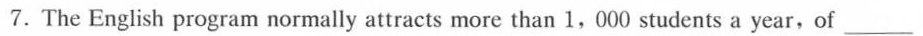
7.The English program normally attracts more than 1,000 students a year,of ___